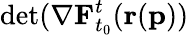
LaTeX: \textup{det}(\mathbf{\nabla}\mathbf{F}_{t_{0}}^{t}(\mathbf{r}(\mathbf{p}))